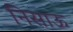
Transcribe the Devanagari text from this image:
निसाऊ